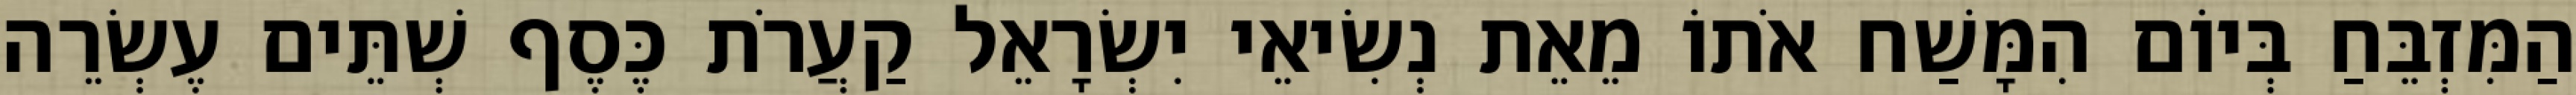
הַמִּזְבֵּחַ בְּיוֹם הִמָּשַׁח אֹתוֹ מֵאֵת נְשִׂיאֵי יִשְׂרָאֵל קַעֲרֹת כֶּסֶף שְׁתֵּים עֶשְׂרֵה